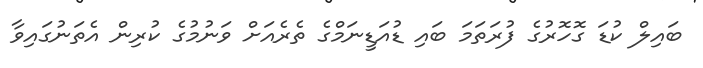
ބައިލް ކުޑަ ގޮހޮރުގެ ފުރަތަމަ ބައި ޑުއަޑީނަމްގެ ތެރެއަށް ވަނުމުގެ ކުރިން އެތަނުގައިވާ